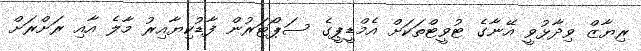
ރިޔާޒް ވިދާޅުވީ އޭނާގެ ޓުވީޓްތަކަށް އެމްޑީޕީގެ ސަޕޯޓަރުން ފާޑުކިޔާއިރު މާލެ އާއި ރަށްރަށް